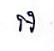
អ